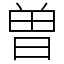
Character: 曽